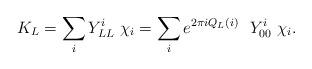
LaTeX: \begin{align*}K_L = \sum_i Y_{LL}^i \ \chi_i = \sum_i e^{2\pi i Q_L(i)} \ \ Y_{00}^i \ \chi_i.\end{align*}